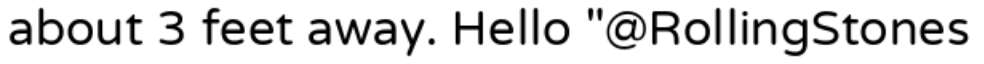
about 3 feet away. Hello "@RollingStones